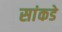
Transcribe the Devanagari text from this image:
सांकडे